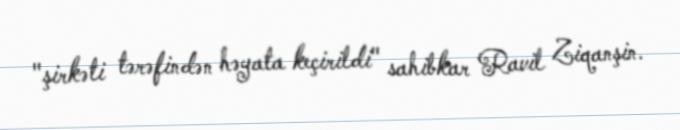
"şirkəti tərəfindən həyata keçirildi" sahibkar Ravil Ziqanşin.